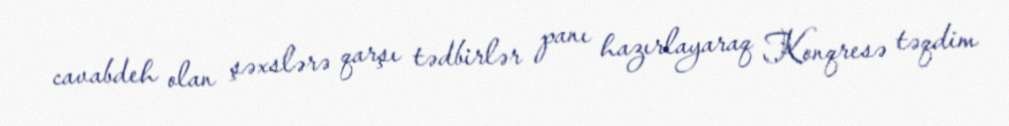
cavabdeh olan şəxslərə qarşı tədbirlər panı hazırlayaraq Konqresə təqdim